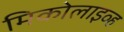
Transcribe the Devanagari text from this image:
मिकोलाइव्ह